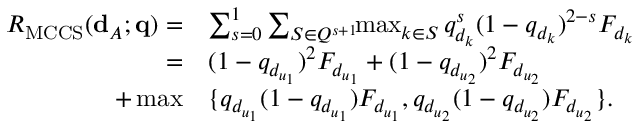
\begin{array} { r l } { R _ { \mathrm { M C C S } } ( { \bf d } _ { \cal A } ; { \bf q } ) = } & { \sum _ { s = 0 } ^ { 1 } \sum _ { { \cal S } \in { \cal Q } ^ { s + 1 } } \! \! \operatorname* { m a x } _ { k \in { \cal S } } q _ { d _ { k } } ^ { s } ( 1 - q _ { d _ { k } } ) ^ { 2 - s } F _ { d _ { k } } } \\ { = } & { ( 1 - q _ { d _ { u _ { 1 } } } ) ^ { 2 } F _ { d _ { u _ { 1 } } } + ( 1 - q _ { d _ { u _ { 2 } } } ) ^ { 2 } F _ { d _ { u _ { 2 } } } } \\ { + \operatorname* { m a x } } & { \{ q _ { d _ { u _ { 1 } } } ( 1 - q _ { d _ { u _ { 1 } } } ) F _ { d _ { u _ { 1 } } } , q _ { d _ { u _ { 2 } } } ( 1 - q _ { d _ { u _ { 2 } } } ) F _ { d _ { u _ { 2 } } } \} . } \end{array}